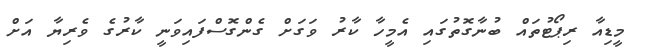
މީޑިއާ ރިޕޯޓުތައް ބުނާގޮތުގައި އެމީހާ ކާރު ވަގަށް ގެންގޮސްފައިވަނީ ކާރުގެ ވެރިޔާ އަށް